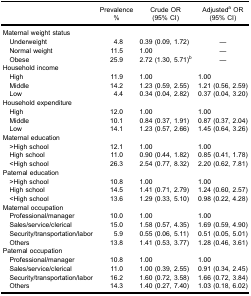
<table><thead><tr><td><b> </b></td><td><b>Prevalence%</b></td><td><b>Crude OR(95% CI)</b></td><td><b>Adjusted<sup>a</sup> OR(95% CI)</b></td></tr></thead><tbody><tr><td>Maternal weight status</td><td> </td><td> </td><td> </td></tr><tr><td> Underweight</td><td>4.8</td><td>0.39 (0.09, 1.72)</td><td>—</td></tr><tr><td> Normal weight</td><td>11.5</td><td>1.00</td><td>—</td></tr><tr><td> Obese</td><td>25.9</td><td>2.72 (1.30, 5.71)<sup>b</sup></td><td>—</td></tr><tr><td>Household income</td><td> </td><td> </td><td> </td></tr><tr><td> High</td><td>11.9</td><td>1.00</td><td>1.00</td></tr><tr><td> Middle</td><td>14.2</td><td>1.23 (0.59, 2.55)</td><td>1.21 (0.56, 2.59)</td></tr><tr><td> Low</td><td>4.4</td><td>0.34 (0.04, 2.82)</td><td>0.37 (0.04, 3.20)</td></tr><tr><td>Household expenditure</td><td> </td><td> </td><td> </td></tr><tr><td> High</td><td>12.0</td><td>1.00</td><td>1.00</td></tr><tr><td> Middle</td><td>10.1</td><td>0.84 (0.37, 1.91)</td><td>0.87 (0.37, 2.04)</td></tr><tr><td> Low</td><td>14.1</td><td>1.23 (0.57, 2.66)</td><td>1.45 (0.64, 3.26)</td></tr><tr><td>Maternal education</td><td> </td><td> </td><td> </td></tr><tr><td> &gt;High school</td><td>12.1</td><td>1.00</td><td>1.00</td></tr><tr><td> High school</td><td>11.0</td><td>0.90 (0.44, 1.82)</td><td>0.85 (0.41, 1.78)</td></tr><tr><td> &lt;High school</td><td>26.3</td><td>2.54 (0.77, 8.32)</td><td>2.20 (0.62, 7.81)</td></tr><tr><td>Paternal education</td><td> </td><td> </td><td> </td></tr><tr><td> &gt;High school</td><td>10.8</td><td>1.00</td><td>1.00</td></tr><tr><td> High school</td><td>14.5</td><td>1.41 (0.71, 2.79)</td><td>1.24 (0.60, 2.57)</td></tr><tr><td> &lt;High school</td><td>13.6</td><td>1.29 (0.33, 5.10)</td><td>0.98 (0.22, 4.28)</td></tr><tr><td>Maternal occupation</td><td> </td><td> </td><td> </td></tr><tr><td> Professional/manager</td><td>10.0</td><td>1.00</td><td>1.00</td></tr><tr><td> Sales/service/clerical</td><td>15.0</td><td>1.58 (0.57, 4.35)</td><td>1.69 (0.59, 4.90)</td></tr><tr><td> Security/transportation/labor</td><td>5.9</td><td>0.55 (0.06, 5.11)</td><td>0.51 (0.05, 5.01)</td></tr><tr><td> Others</td><td>13.8</td><td>1.41 (0.53, 3.77)</td><td>1.28 (0.46, 3.61)</td></tr><tr><td>Paternal occupation</td><td> </td><td> </td><td> </td></tr><tr><td> Professional/manager</td><td>10.8</td><td>1.00</td><td>1.00</td></tr><tr><td> Sales/service/clerical</td><td>11.0</td><td>1.00 (0.39, 2.55)</td><td>0.91 (0.34, 2.45)</td></tr><tr><td> Security/transportation/labor</td><td>16.2</td><td>1.60 (0.72, 3.58)</td><td>1.66 (0.72, 3.84)</td></tr><tr><td> Others</td><td>14.3</td><td>1.40 (0.27, 7.40)</td><td>1.03 (0.18, 6.02)</td></tr></tbody></table>